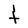
Character: t